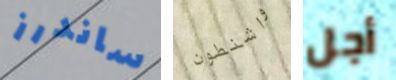
ساندرز واشنطون أجل